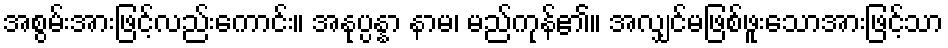
အစွမ်းအားဖြင့်လည်းကောင်း။ အနုပ္ပန္နာ နာမ၊ မည်ကုန်၏။ အလျှင်မဖြစ်ဖူးသောအားဖြင့်သာ